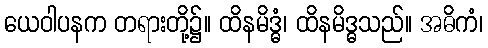
ယေဝါပနက တရားတို့၌။ ထိနမိဒ္ဓံ၊ ထိနမိဒ္ဓသည်။ အဓိကံ၊